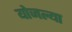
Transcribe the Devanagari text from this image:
योजल्या